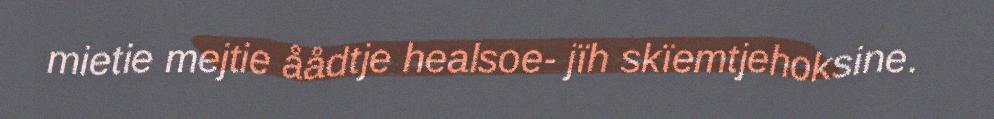
mietie mejtie åådtje healsoe- jïh skïemtjehoksine.